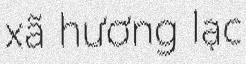
xã hương lạc